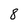
Character: 8